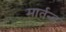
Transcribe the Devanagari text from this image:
मार्तन्ड